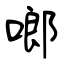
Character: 啷